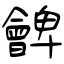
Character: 朇